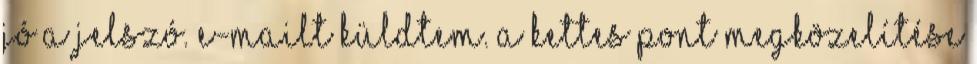
jó a jelszó. E-mailt küldtem. A kettes pont megközelítése